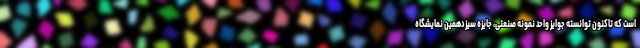
است که تاکنون توانسته جوایز واحد نمونه صنعتی، جایزه سیزدهمین نمایشگاه